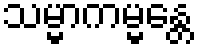
သမ္မာကမ္မန္တေ